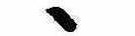
ゝ